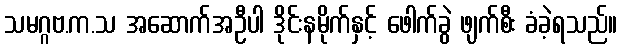
သမဂ္ဂဗ.က.သ အဆောက်အဦပါ ဒိုင်းနမိုက်နှင့် ဖေါက်ခွဲ ဖျက်စီး ခံခဲ့ရသည်။